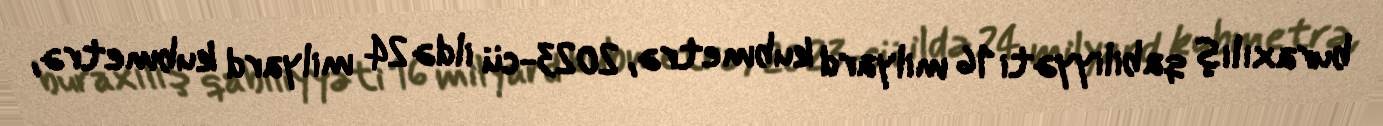
buraxılış qabiliyyəti 16 milyard kubmetrə, 2023-cü ildə 24 milyard kubmetrə,